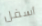
أسفل